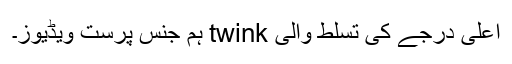
اعلی درجے کی تسلط والی twink ہم جنس پرست ویڈیوز۔